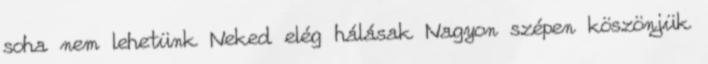
soha nem lehetünk Neked elég hálásak Nagyon szépen köszönjük